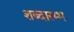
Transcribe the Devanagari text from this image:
शब्दारम्भ